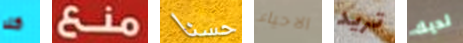
كلا منع حسنا الاحياء تريد لديك